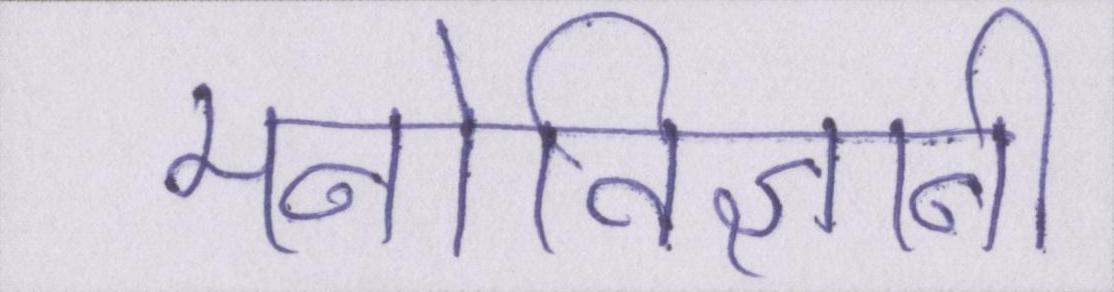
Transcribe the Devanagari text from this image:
मनोविज्ञानी